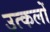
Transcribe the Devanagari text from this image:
उत्कलों